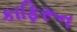
કાફિરૂન